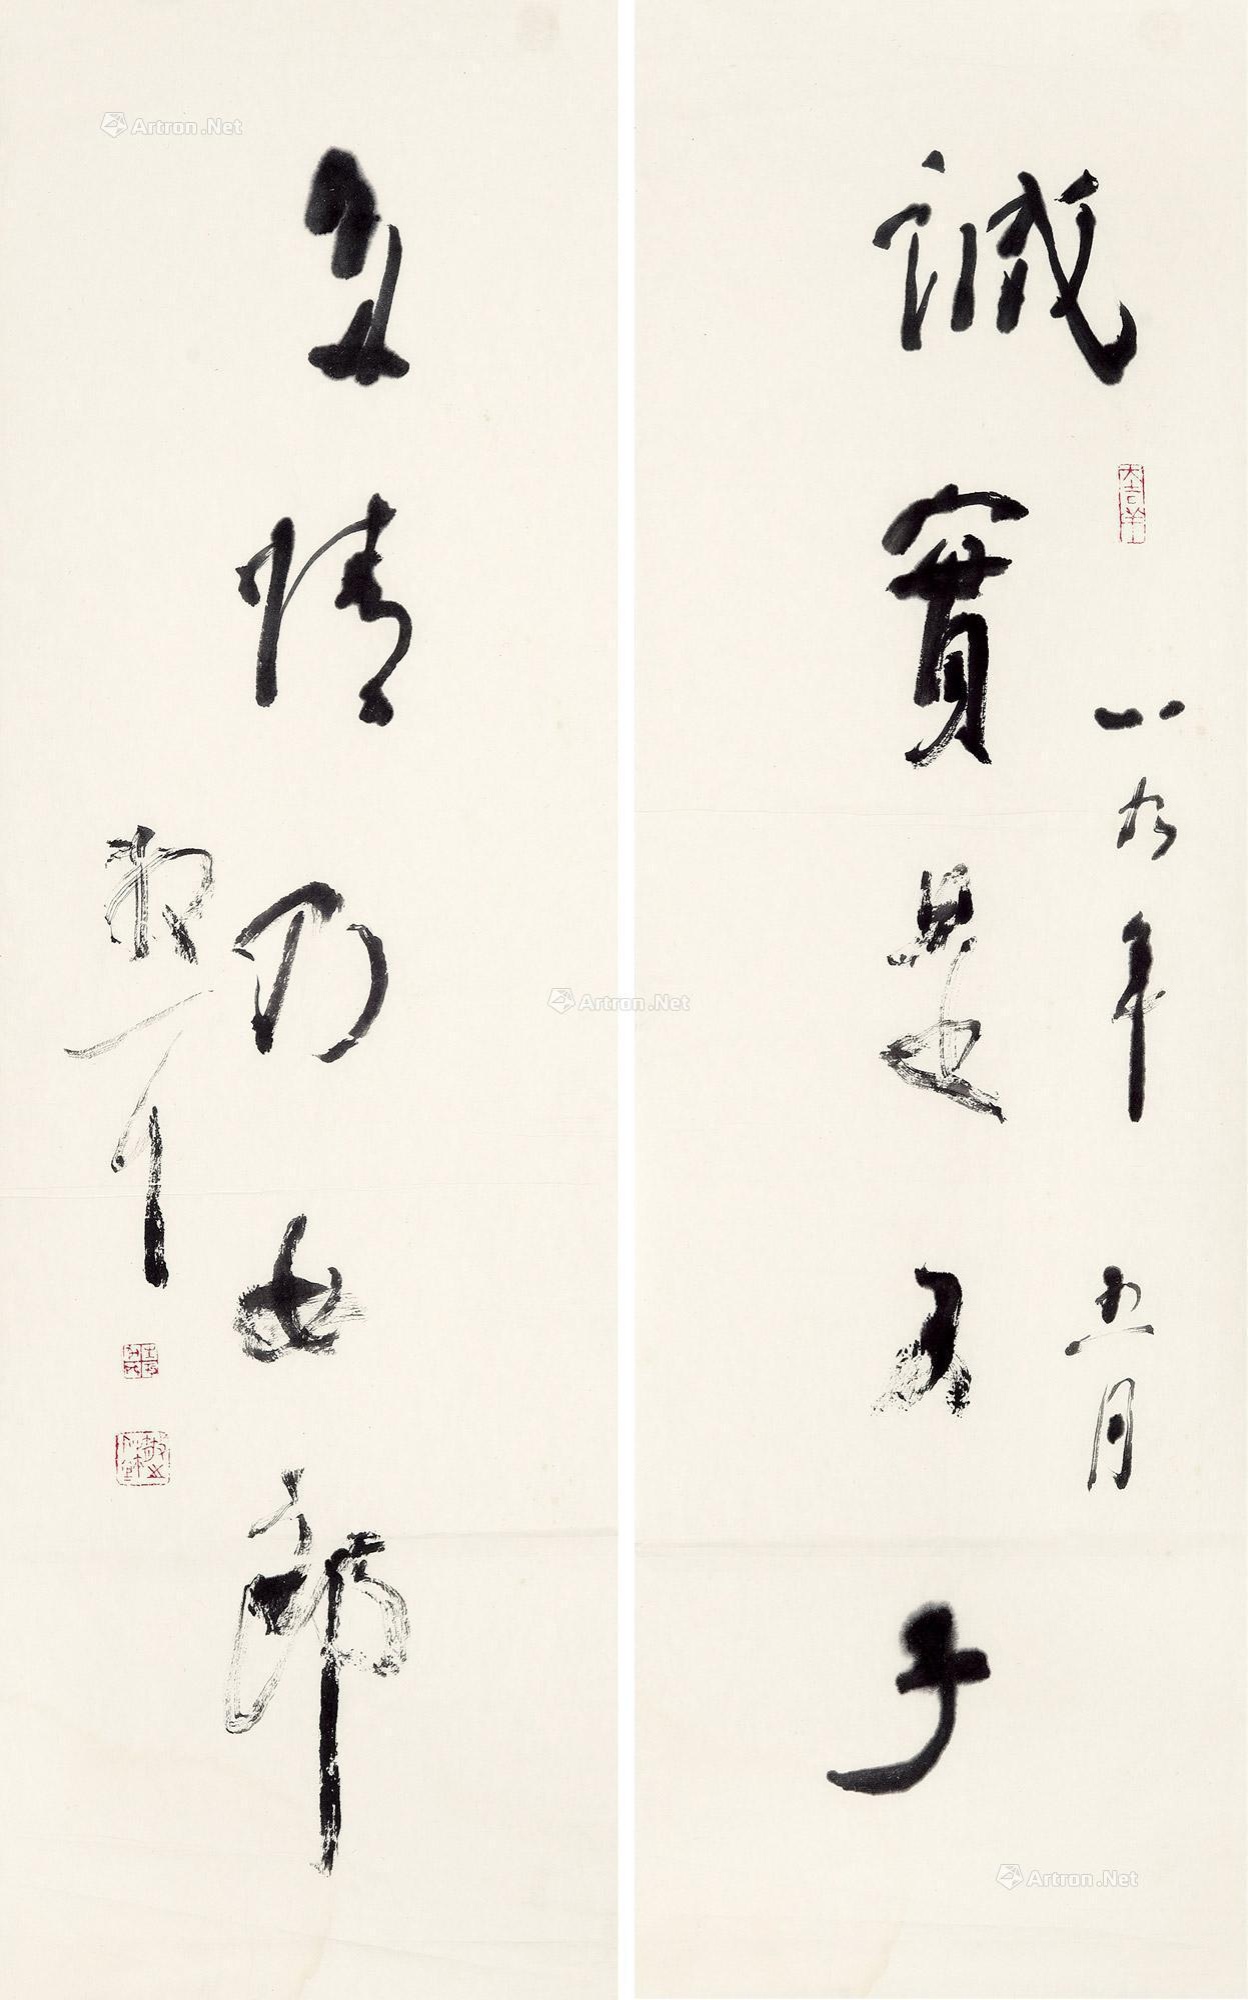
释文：诚实是君子，多情乃女郎。八九年五月散耳。